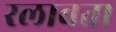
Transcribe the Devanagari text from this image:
रलावता